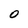
Character: O